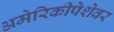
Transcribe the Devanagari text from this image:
अमेरिकीपेशेवर